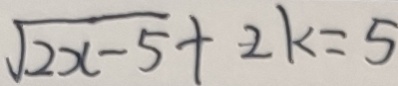
\sqrt { 2 x - 5 } + 2 k = 5